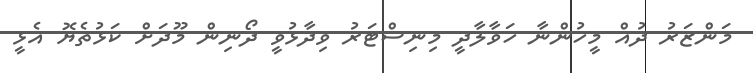
މަންޒަރު ދުއް މީހުންނާ ހަވާލާދީ މިނިސްޓަރު ވިދާޅުވީ ދޯނިން މޫދަށް ކަޅުތެޔޮ އެޅީ